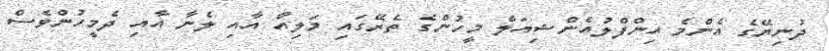
ދުނިޔޭގެ އެންމެ އިންފްލުއެންޝިއަލް މީހުންގެ ތެރޭގައި މަލިއާ އާއި ލެނާ އާއި ދެމީހުންވެސް